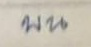
บน